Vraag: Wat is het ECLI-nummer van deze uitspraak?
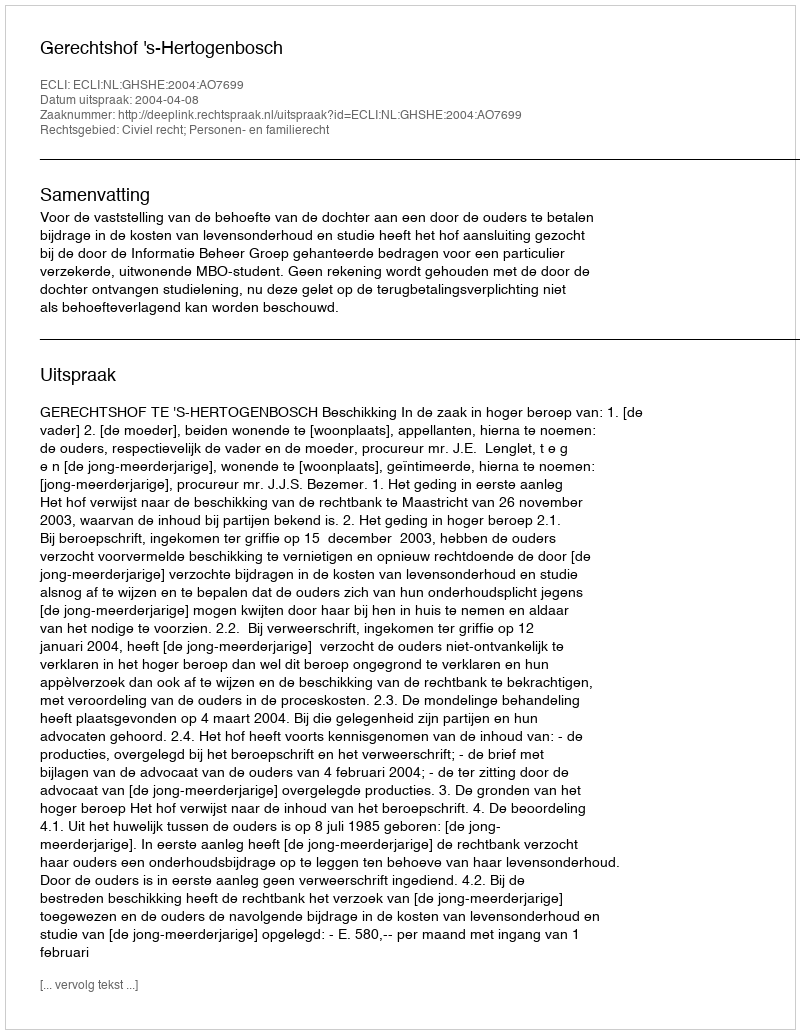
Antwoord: ECLI:NL:GHSHE:2004:AO7699